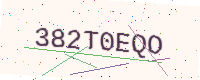
Text: 382T0EQO